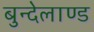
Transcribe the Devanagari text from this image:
बुन्देलाण्ड